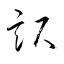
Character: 訳